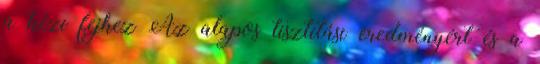
a kézi fejhez Az alapos tisztítási eredményért és a